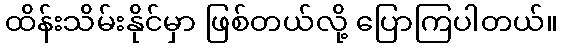
ထိန်းသိမ်းနိုင်မှာ ဖြစ်တယ်လို့ ပြောကြပါတယ်။